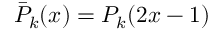
\bar { P } _ { k } ( x ) = P _ { k } ( 2 x - 1 )